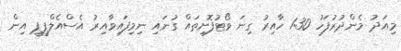
މިއަދު މެންދުރުފަހު 1:30 ހާއިރު ގިނަ ވޯޓުފޮށިތައް ގުނައި ނިމިފައިވާއިރު އެސްއެލްޕީޕީ އިން